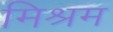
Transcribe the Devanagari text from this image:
मिश्रम